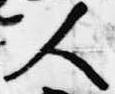
人